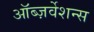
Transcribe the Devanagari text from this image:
ऑब्ज़र्वेशन्स